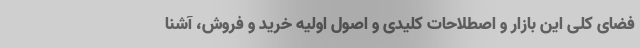
فضای کلی این بازار و اصطلاحات کلیدی و اصول اولیه خرید و فروش، آشنا